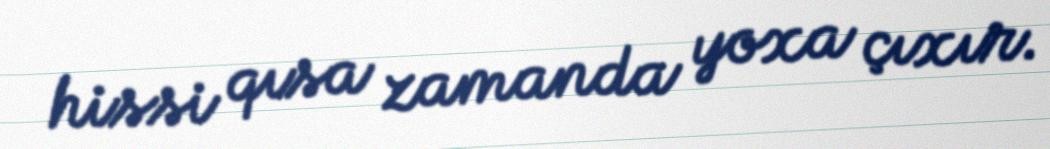
hissi qısa zamanda yoxa çıxır.